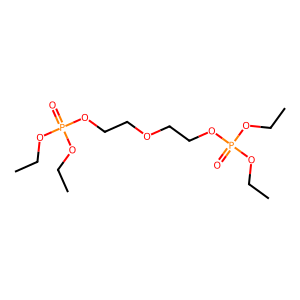
SMILES: CCOP(=O)(OCC)OCCOCCOP(=O)(OCC)OCC
Inhibits HIV replication: No